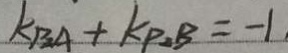
k _ { B A } + k _ { P _ { 2 } B } = - 1